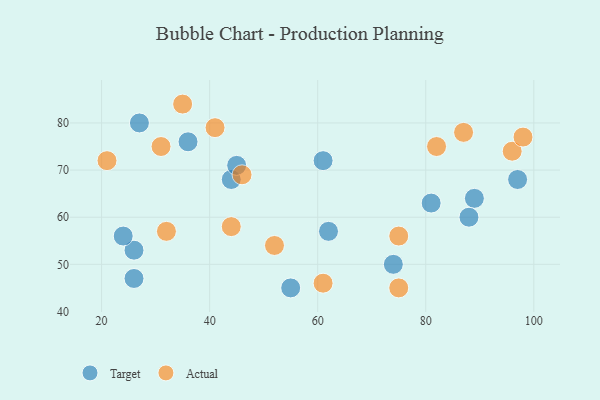
{"axis": {"x": "GDP", "y": "Life Expectancy"}, "legend": ["Actual", "Target"], "data": [{"x": "97", "y": 68, "type": "Target"}, {"x": "27", "y": 80, "type": "Target"}, {"x": "61", "y": 72, "type": "Target"}, {"x": "89", "y": 64, "type": "Target"}, {"x": "26", "y": 47, "type": "Target"}, {"x": "44", "y": 68, "type": "Target"}, {"x": "26", "y": 53, "type": "Target"}, {"x": "74", "y": 50, "type": "Target"}, {"x": "62", "y": 57, "type": "Target"}, {"x": "55", "y": 45, "type": "Target"}, {"x": "81", "y": 63, "type": "Target"}, {"x": "24", "y": 56, "type": "Target"}, {"x": "45", "y": 71, "type": "Target"}, {"x": "36", "y": 76, "type": "Target"}, {"x": "88", "y": 60, "type": "Target"}, {"x": "31", "y": 75, "type": "Actual"}, {"x": "41", "y": 79, "type": "Actual"}, {"x": "75", "y": 56, "type": "Actual"}, {"x": "46", "y": 69, "type": "Actual"}, {"x": "96", "y": 74, "type": "Actual"}, {"x": "98", "y": 77, "type": "Actual"}, {"x": "75", "y": 45, "type": "Actual"}, {"x": "35", "y": 84, "type": "Actual"}, {"x": "82", "y": 75, "type": "Actual"}, {"x": "61", "y": 46, "type": "Actual"}, {"x": "87", "y": 78, "type": "Actual"}, {"x": "44", "y": 58, "type": "Actual"}, {"x": "32", "y": 57, "type": "Actual"}, {"x": "21", "y": 72, "type": "Actual"}, {"x": "52", "y": 54, "type": "Actual"}]}